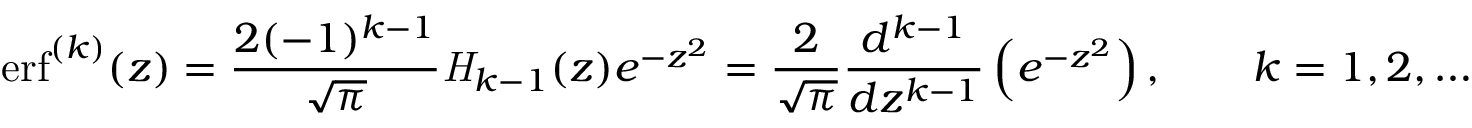
\operatorname { e r f } ^ { ( k ) } ( z ) = { \frac { 2 ( - 1 ) ^ { k - 1 } } { \sqrt { \pi } } } { \mathit { H } } _ { k - 1 } ( z ) e ^ { - z ^ { 2 } } = { \frac { 2 } { \sqrt { \pi } } } { \frac { d ^ { k - 1 } } { d z ^ { k - 1 } } } \left( e ^ { - z ^ { 2 } } \right) , \qquad k = 1 , 2 , \dots